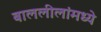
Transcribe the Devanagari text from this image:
बाललीलांमध्ये